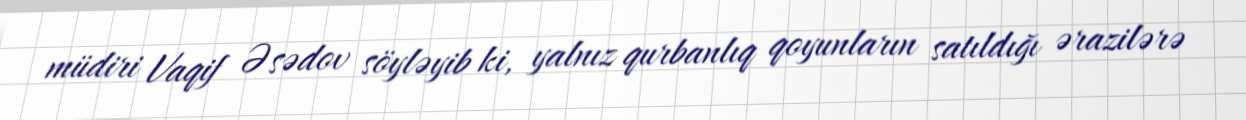
müdiri Vaqif Əsədov söyləyib ki, yalnız qurbanlıq qoyunların satıldığı ərazilərə